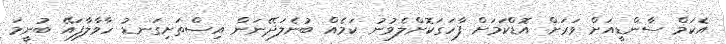
އެކަމް ސާންޑީއަށް ވަރަށް އޮޑްކަމަށް ފާހަގަކޮށްލެވުނު ކަމެއް ބުނެލަދޭނަން އިސްތަށިގަނޑު ހާވާލާފައޭ ބުނީމަ